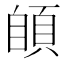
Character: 䫁